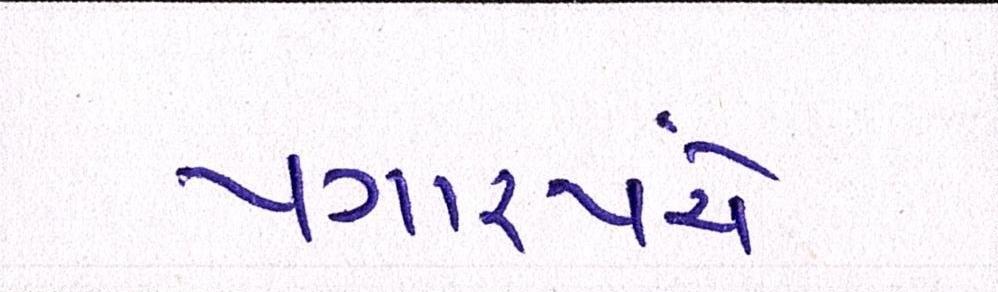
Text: પગારપંચે